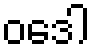
ဝဒေါ